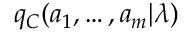
q _ { C } ( a _ { 1 } , \ldots , a _ { m } | \lambda )